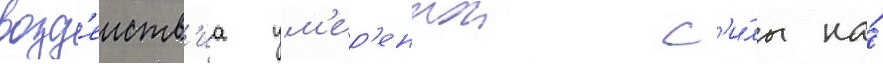
возд'еиств'иа ум'ер'еннои с'и́лы на́